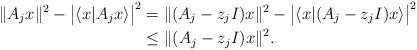
LaTeX: \begin{align*}\|A_j x\|^2-\big|\langle x| A_j x\rangle\big|^2 &= \|(A_j-z_j I) x\|^2-\big|\langle x|(A_j-z_j I) x\rangle\big|^2\\ &\leq \|(A_j-z_jI)x\|^2.\end{align*}